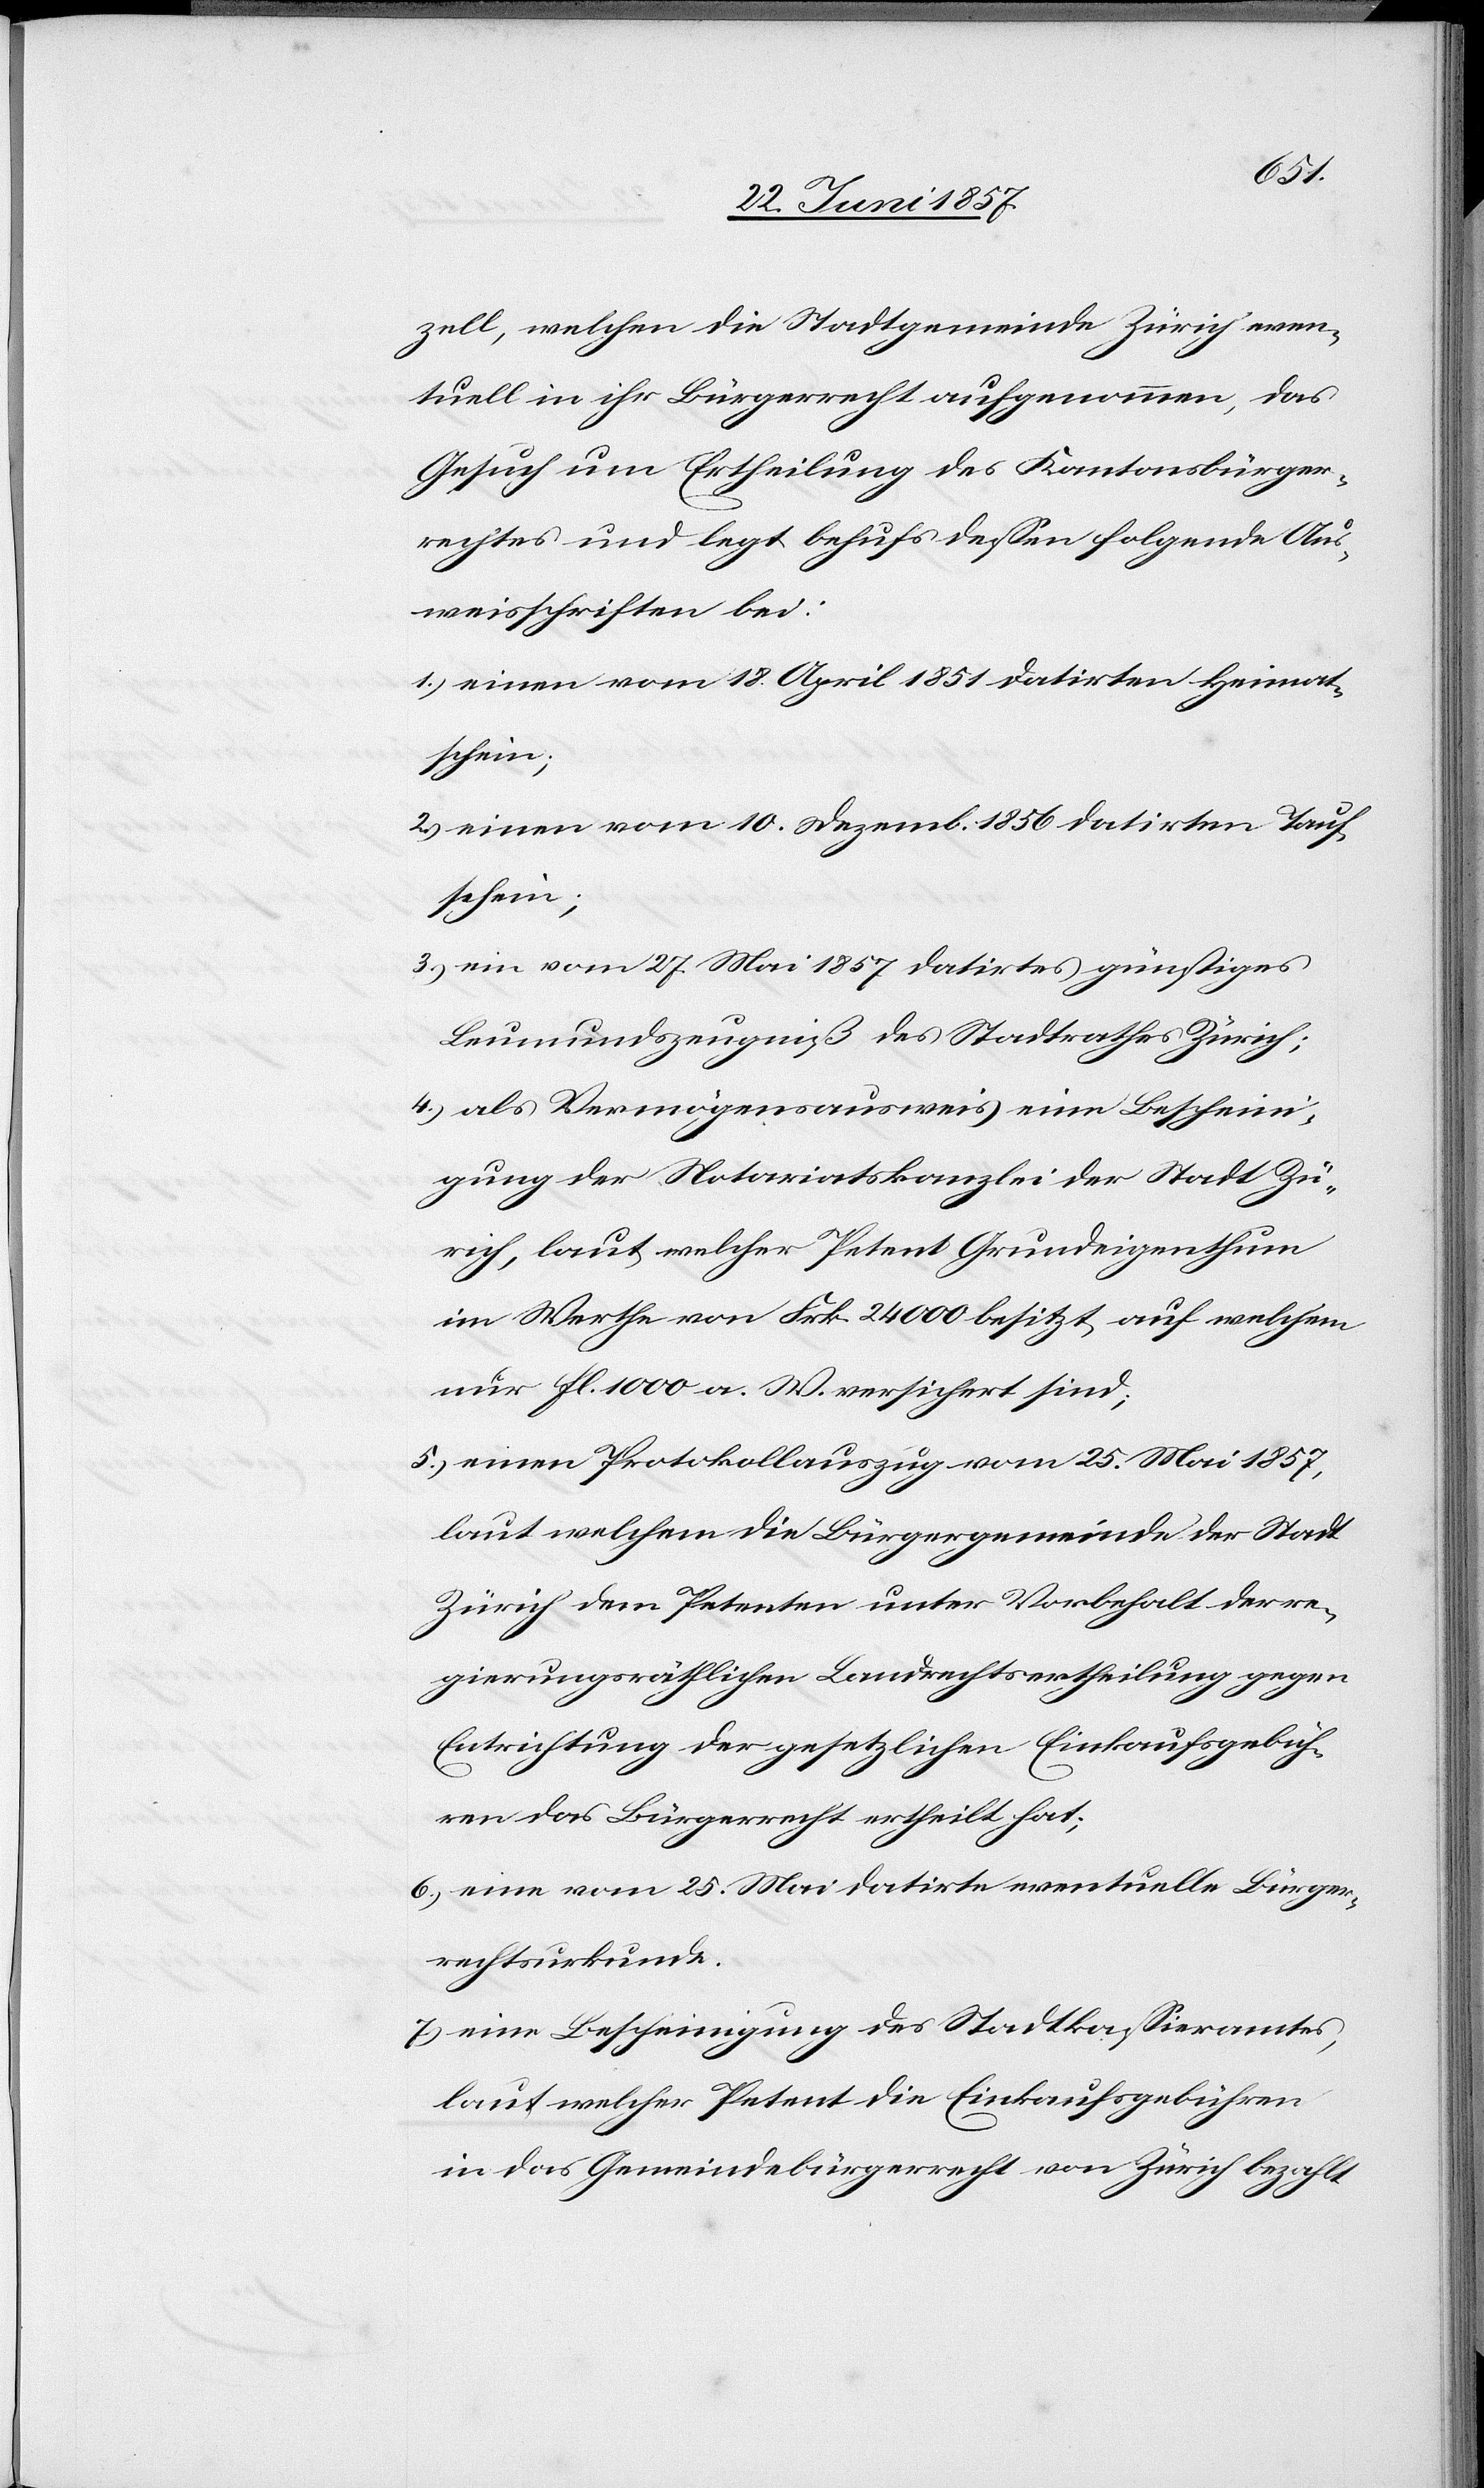
zell, welchen die Stadtgemeinde Zürich even¬
tuell in ihr Bürgerrecht aufgenommen, das
Gesuch um Ertheilung des Kantonsbürger¬
rechtes und legt behufs dessen folgende Aus¬
weisschriften bei:
1.) einen vom 18 April 1851 datirten Heimat¬
schein;
2.) einen vom 10 Dezemb. 1856 datirten Tauf¬
schein;
3.) ein vom 27 Mai 1857 datirtes günstiges
Leumundszeugniß des Stadtrathes Zürich;
4.) als Vermögensausweis eine Bescheini¬
gung der Notariatskanzlei der Stadt Zü¬
rich, laut welcher Petent Grundeigenthum
im Werthe von Frk. 24 000 besitzt auf welchem
nur fl 1 000 a. W. versichert sind;
5.) einen Protokollsauszug vom 25 Mai 1857,
laut welchem die Bürgergemeinde der Stadt
Zürich dem Petenten unter Vorbehalt der re¬
gierungsräthlichen Landrechtsertheilung gegen
Entrichtung der gesetzlichen Einkaufsgebüh¬
ren das Bürgerrecht ertheilt hat;
6.) eine vom 25 Mai datirte eventuelle Bürger¬
rechtsurkunde.
7.) eine Bescheinigung des Stadtkassieramtes,
laut welcher Petent die Einkaufsgebühren
in das Gemeindebürgerrecht von Zürich bezahlt